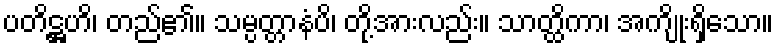
ပတိဋ္ဌဟိ၊ တည်၏။ သမ္ပတ္တာနံပိ၊ တို့အားလည်း။ သာတ္ထိကာ၊ အကျိုးရှိသော။